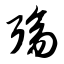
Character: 殇